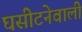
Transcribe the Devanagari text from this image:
घसीटनेवाली